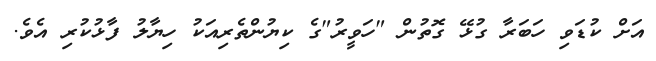
އަށް ކުޑަވި ހަބަރާ ގުޅޭ ގޮތުން "ހަވީރު"ގެ ކިޔުންތެރިއަކު ހިޔާލު ފާޅުކުރި އެވެ.